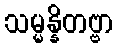
သမ္မန္နိတဗ္ဗာ